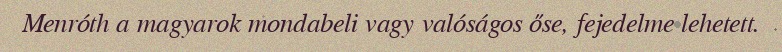
Menróth a magyarok mondabeli vagy valóságos őse, fejedelme lehetett.